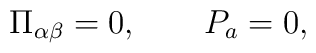
\Pi_{\alpha\beta}=0, \qquad P_a=0,